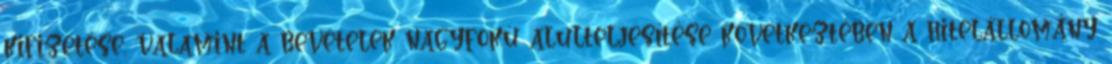
kifizetése, valamint a bevételek nagyfokú alulteljesítése következtében a hitelállomány